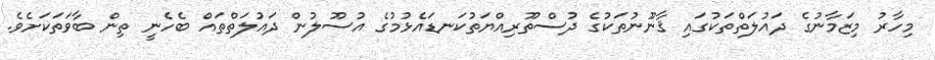
މިހާރު މިޒަމާނުގެ ދައުލަތްތަކުގައި ޤާނޫނުތަކުގެ ދުސްތޫރިއްޔަތުކަނޑައެޅުމުގެ އުސޫލުން ދައުލަތްތައް ބެހެނީ ތިން ބާވަތަކަށެވެ.